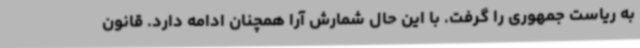
به ریاست جمهوری را گرفت. با این حال شمارش آرا همچنان ادامه دارد. قانون